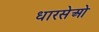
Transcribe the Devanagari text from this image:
धारसेओ